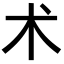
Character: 术